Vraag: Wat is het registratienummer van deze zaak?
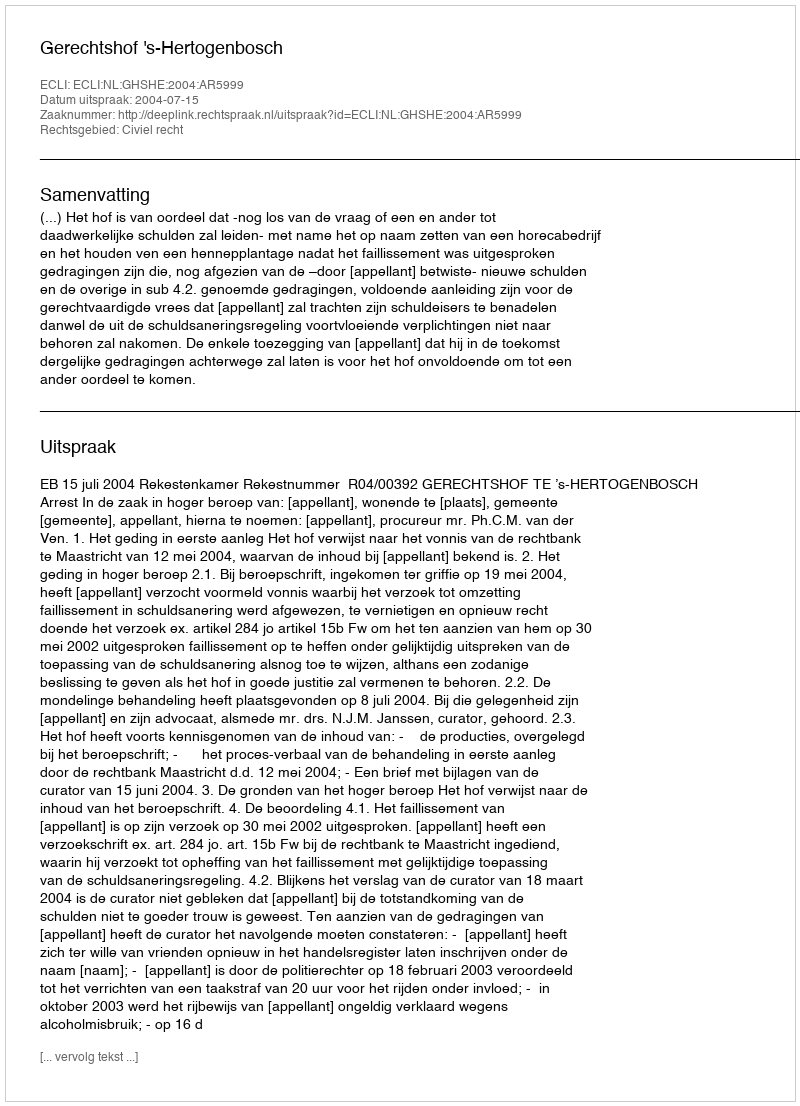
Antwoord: http://deeplink.rechtspraak.nl/uitspraak?id=ECLI:NL:GHSHE:2004:AR5999